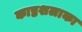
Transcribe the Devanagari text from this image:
काष्ठशलाका